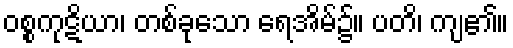
ဝစ္စကုဋိယာ၊ တစ်ခုသော ရေအိမ်၌။ ပတိ၊ ကျ၏။